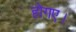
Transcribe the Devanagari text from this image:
होगए।